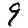
Digit: 9